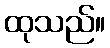
ထုသည်။